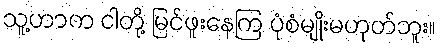
သူ့ဟာက ငါတို့ မြင်ဖူးနေကြ ပုံစံမျိုးမဟုတ်ဘူး။